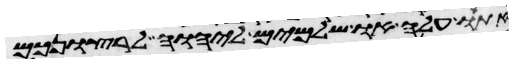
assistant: אתו עלה או שלמים ליהוה לרצונכם